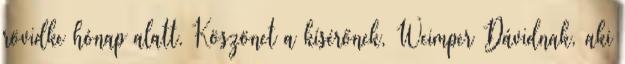
rövidke hónap alatt. Köszönet a kísérőnek, Weimper Dávidnak, aki